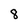
Character: 8